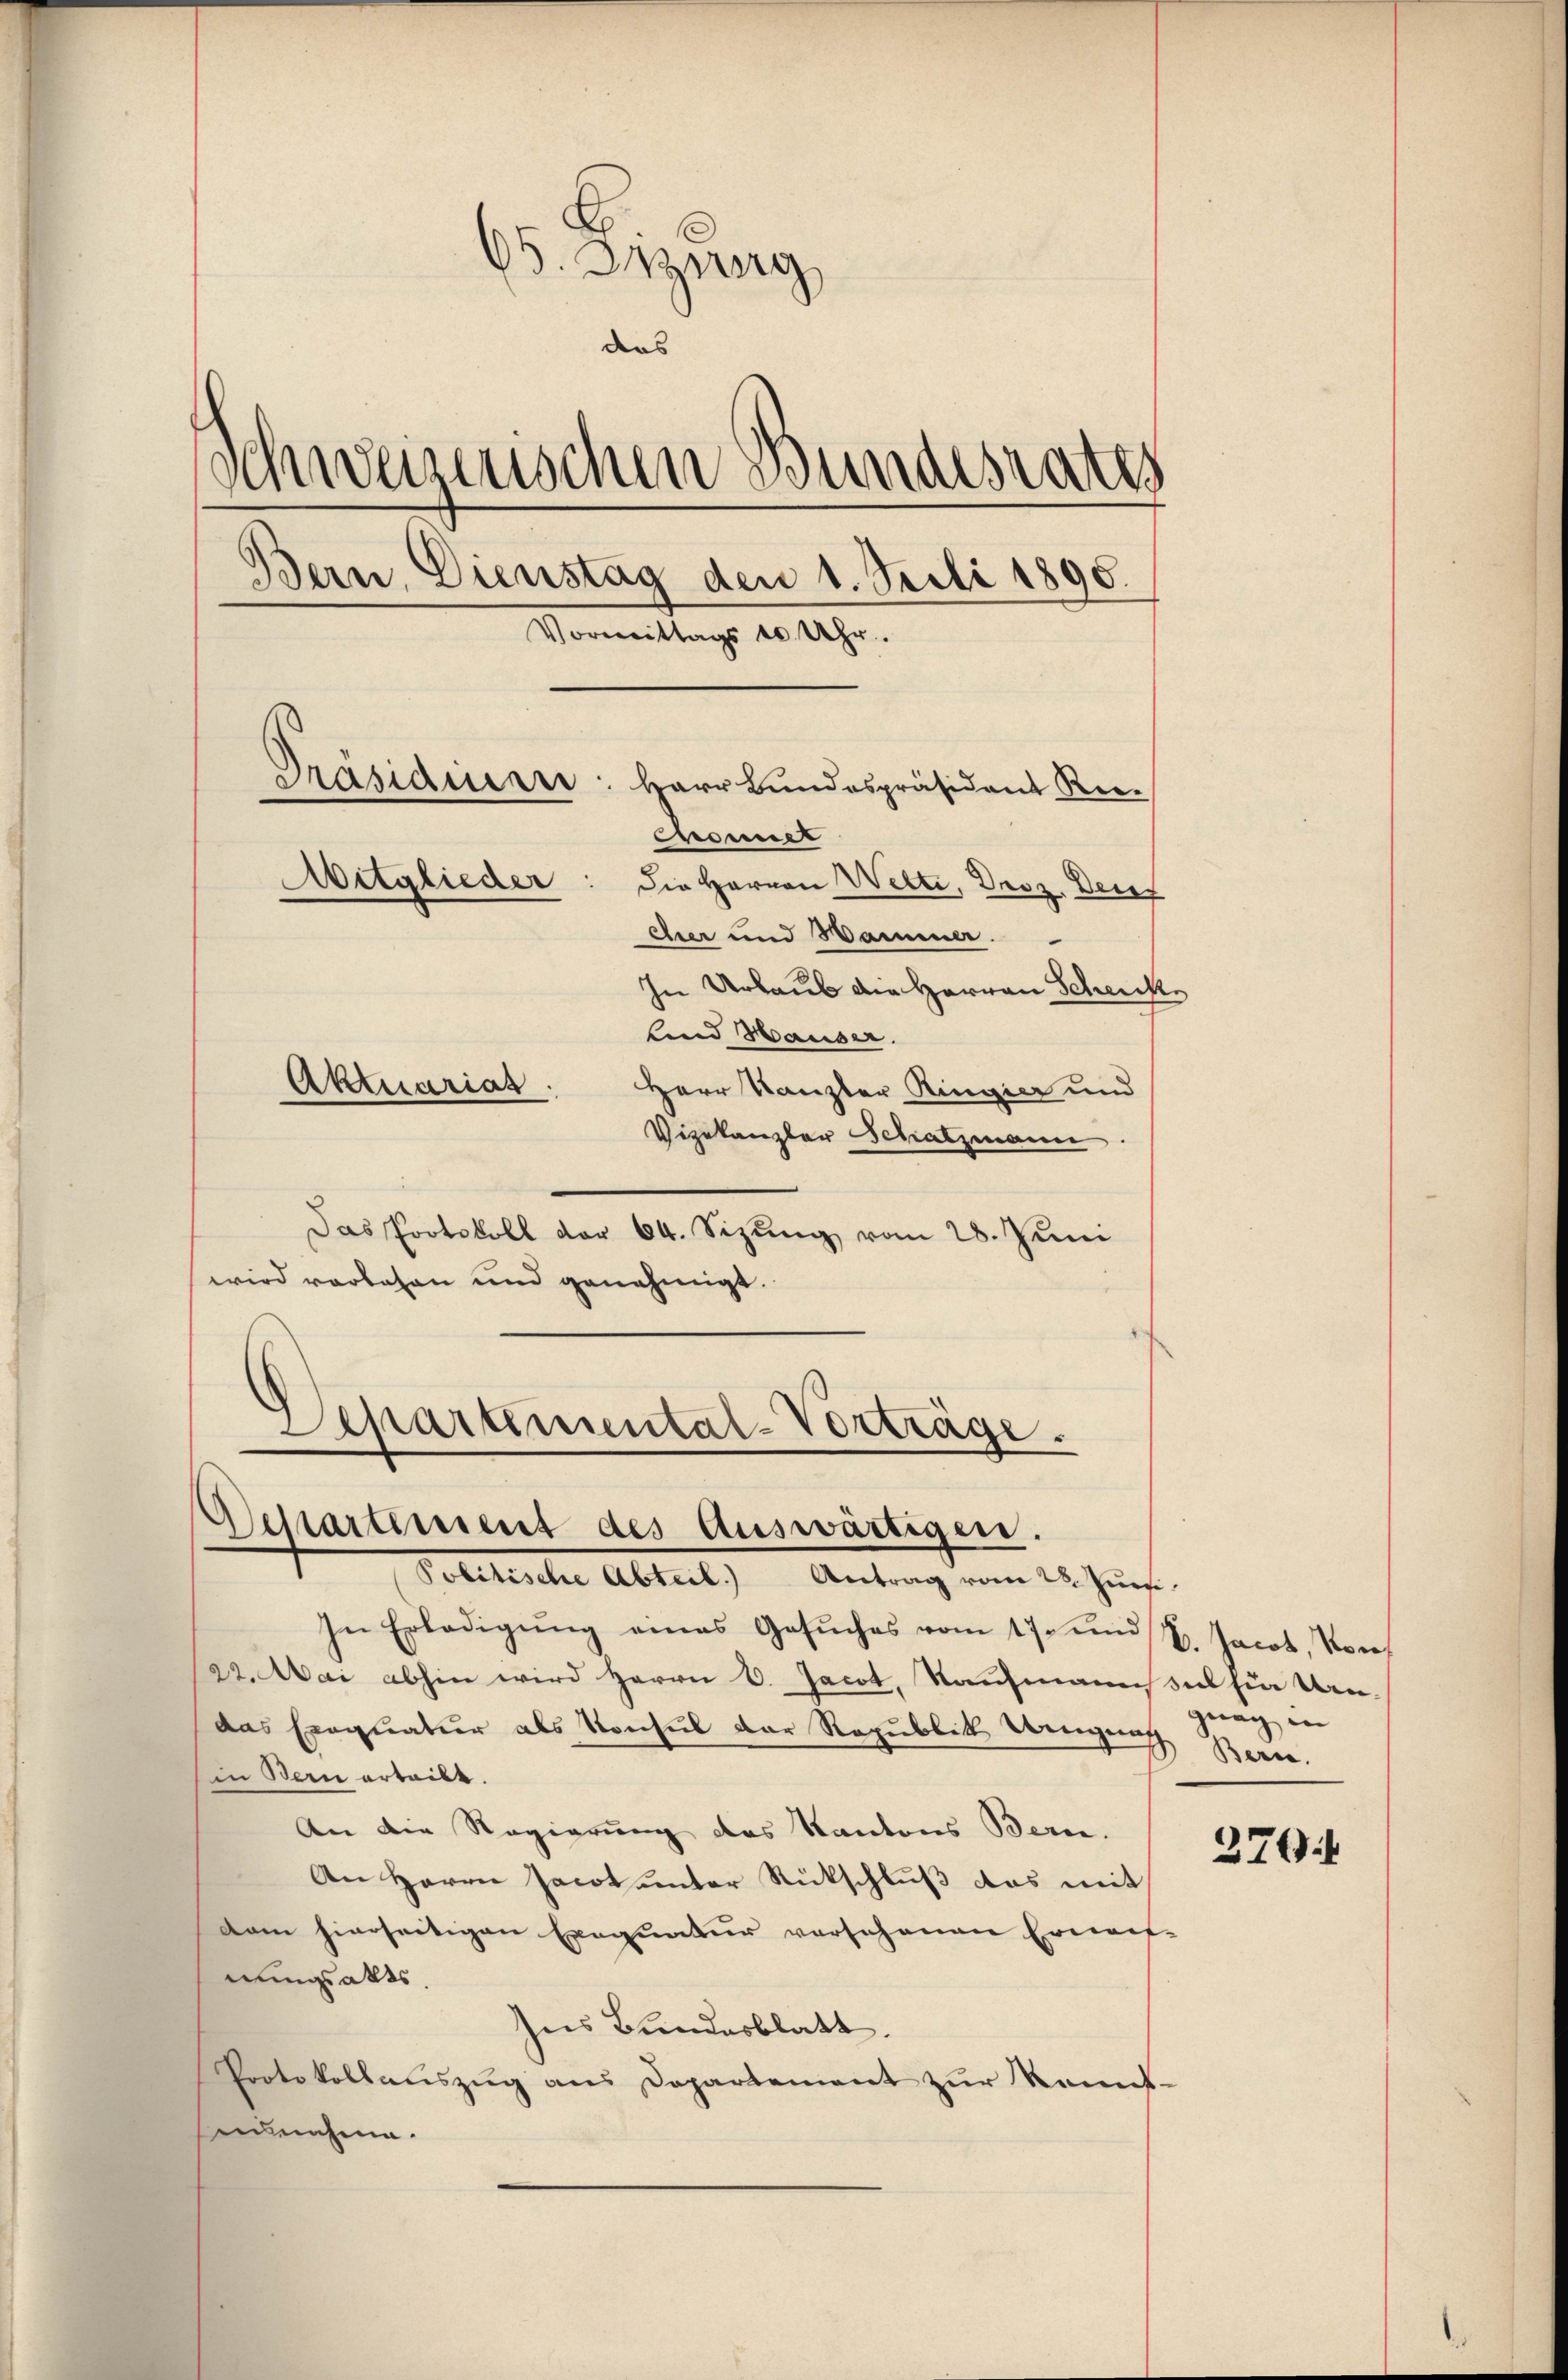
65. Dizung
dies
Schweizerischen Bundesrates
Bern, Dienstag den 1. Sedi 1890.
Vormittags 10 Uhr.
Präsidiuen: Herr Bundespräsident Rie-
Chonner
Aitglieder
Die Herren Welti, Droz. Dece
cher und Wammer.
In Urlaub die Herren Schenk
Lund Hauser.
Aktuarias.
Herr Kanzler Ringier und
Vizekanzler Schatzmann

Das Protokoll der 64. Sizung vom 28. Juni
wird vorlesen und genehmigt.
Departemental-Vorträge.

Destartement des Auswärtigen.
Politische Abteil. Antrag vom 28. Juns.

In Erledigŭng eines Gesŭches vom 17. und 7. Jacob, von
22. Mai abhin wird Herrn V. Jacot, Kaufmann die fie Undas Exequatur als Konsul der Republik Wengung Berne.
in Bern erteilt.
An die Regierung des Kantons Bern.
An Herrn Jacot unter Rückschluß das mit
Dam hierseitigen Exequatur verschenen Ernent-
nungsakts.
Ins Bundesblatt.
Protokollauszug aus Departement zur Kennt-
innahm.

gaag in

270.